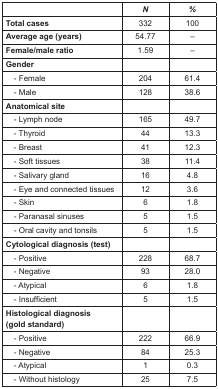
|  | N | % |
 | --- | --- | --- |
 | Total cases | 332 | 100 |
 | Average age (years) | 54.77 | – |
 | Female/male ratio | 1.59 | – |
 | Gender |  |  |
 | - Female | 204 | 61.4 |
 | - Male | 128 | 38.6 |
 | Anatomical site |  |  |
 | - Lymph node | 165 | 49.7 |
 | - Thyroid | 44 | 13.3 |
 | - Breast | 41 | 12.3 |
 | - Soft tissues | 38 | 11.4 |
 | - Salivary gland | 16 | 4.8 |
 | - Eye and connected tissues | 12 | 3.6 |
 | - Skin | 6 | 1.8 |
 | - Paranasal sinuses | 5 | 1.5 |
 | - Oral cavity and tonsils | 5 | 1.5 |
 | Cytological diagnosis (test) |  |  |
 | - Positive | 228 | 68.7 |
 | - Negative | 93 | 28.0 |
 | - Atypical | 6 | 1.8 |
 | - Insufficient | 5 | 1.5 |
 | Histological diagnosis (gold standard) |  |  |
 | - Positive | 222 | 66.9 |
 | - Negative | 84 | 25.3 |
 | - Atypical | 1 | 0.3 |
 | - Without histology | 25 | 7.5 |